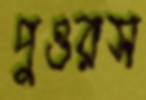
পুওরস